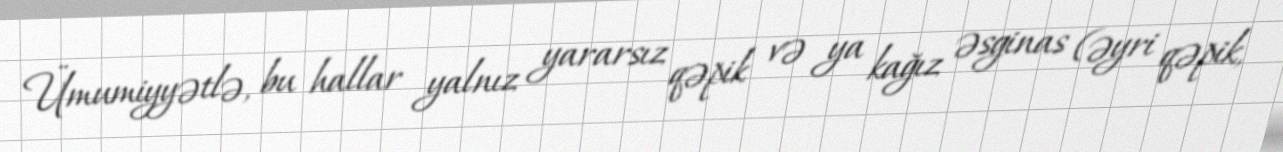
Ümumiyyətlə, bu hallar yalnız yararsız qəpik və ya kağız əsginas (əyri qəpik,